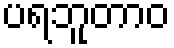
ပရဘူတာဝ